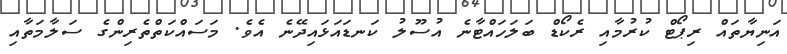
އަނިޔާތައް ރިޕޯޓް ކުރުމާއި ރެކޯޑް ބަލަހައްޓާނެ އުސޫލު ކަނޑައަޅައިދޭނެ އެވެ. މަސައްކަތްތެރިންގެ ސަލާމަތާއި